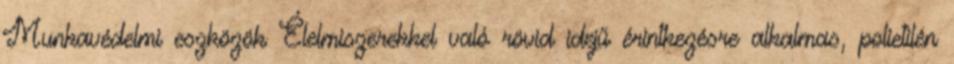
Munkavédelmi eszközök Élelmiszerekkel való rövid idejű érintkezésre alkalmas, polietilén